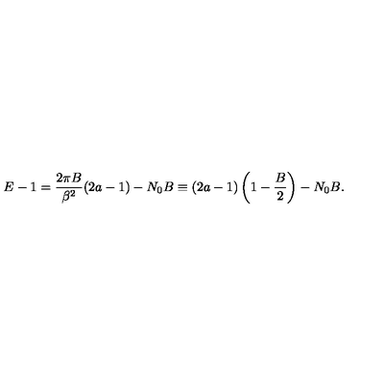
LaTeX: E - 1 = \frac { 2 \pi B } { \beta ^ { 2 } } ( 2 a - 1 ) - N _ { 0 } B \equiv ( 2 a - 1 ) \left( 1 - \frac { B } { 2 } \right) - N _ { 0 } B .